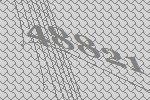
48821